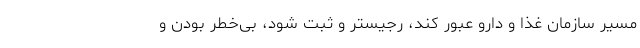
مسیر سازمان غذا و دارو عبور کند، رجیستر و ثبت شود، بی‌خطر بودن و